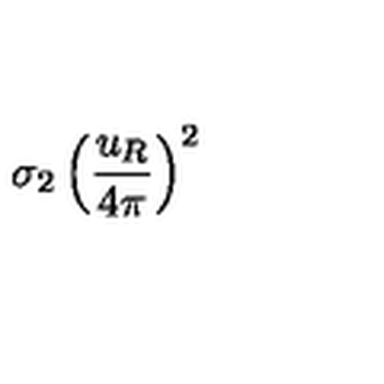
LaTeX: \sigma _ { 2 } \left( \frac { u _ { R } } { 4 \pi } \right) ^ { 2 }